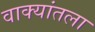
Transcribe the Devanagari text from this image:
वाक्यांतला